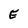
Character: E